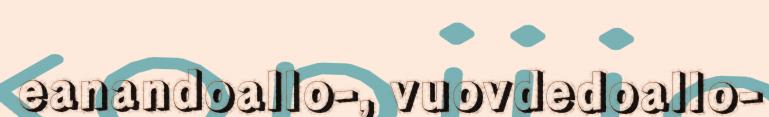
eanandoallo-, vuovdedoallo-